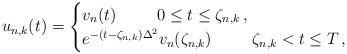
LaTeX: \begin{align*}u_{n,k}(t)=\begin{cases} v_n(t)\qquad\enskip0\leq t\leq \zeta_{n,k}\,,\\ e^{-(t-\zeta _{n,k})\Delta ^2}v_n(\zeta_{n,k})\qquad\enskip\zeta_{n,k}<t\leq T\,,\end{cases}\end{align*}